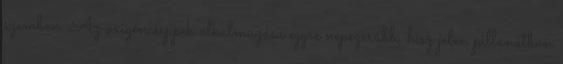
szemben. Az oxigéncseppek alkalmazása egyre népszerűbb, hisz jelen pillanatban